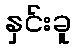
နှင်းခူ